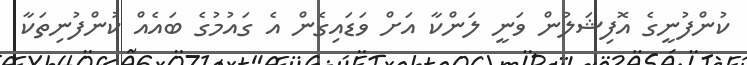
ކުންފުނީގެ އޮފިޝަލުން ވަނީ ލަންކާ އަށް ވަޑައިގެން އެ ގައުމުގެ ބައެެއް ކުންފުނިތަކާ